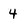
Character: 4